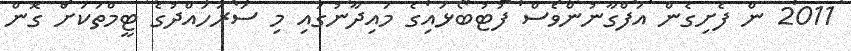
2011 ން ފެށިގެން އަފްގާނުންވެސް ފުޓުބޯޅައިގެ މައިދާނުގައި މި ސަރަހައްދުގެ ޓީމްތަކަށް ގޮން